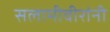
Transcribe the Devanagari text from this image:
सलामीवीरांनी